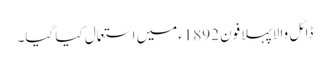
ڈائل والا پہلا فون 1892ءمیں استعمال کیا گیا۔